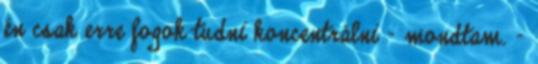
én csak erre fogok tudni koncentrálni – mondtam. –